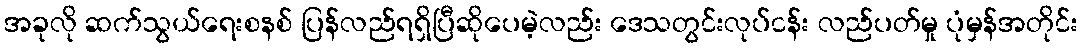
အခုလို ဆက်သွယ်ရေးစနစ် ပြန်လည်ရရှိပြီဆိုပေမဲ့လည်း ဒေသတွင်းလုပ်ငန်း လည်ပတ်မှု ပုံမှန်အတိုင်း